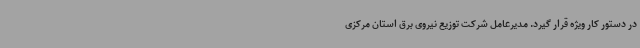
در دستور کار ویژه قرار گیرد. مدیرعامل شرکت توزیع نیروی برق استان مرکزی